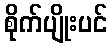
စိုက်ပျိုးပင်